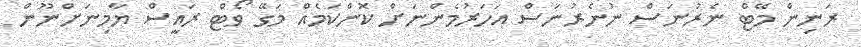
ރަނިން މޭޓް ނެރުނަސް ނުނެރުނަސް އަހަރުމެންނަށް ކޮންކަމެއް މަގޭ ވޯޓް ރައީސް ޔާމިނަށްނޫން